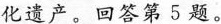
化遗产。回答第5题。